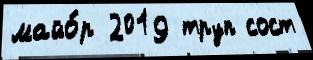
майо́р 2019 труп сост